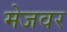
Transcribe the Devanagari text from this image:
मेजवर